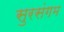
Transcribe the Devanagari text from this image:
सुरसंगम